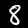
Digit: 8